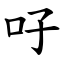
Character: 吇